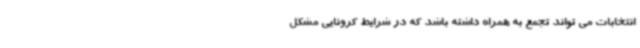
انتخابات می تواند تجمع به همراه داشته باشد که در شرایط کرونایی مشکل